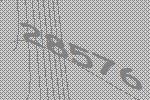
28576